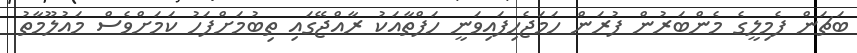
ބަޗަން ފެމިލީގެ މެންބަރުން ފުރަން ހަމަޖެހިފައިވަނީ ހަފްތާއަކު ރާއްޖޭގައި ތިބުމަށްފަހު ކަމަށްވެސް މައުލޫމާތު